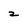
Character: 2